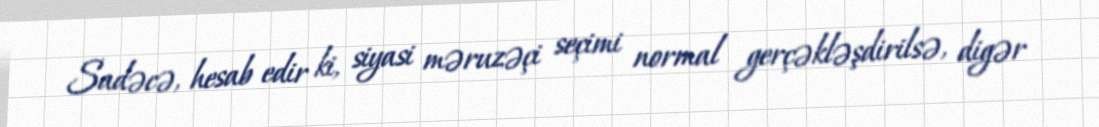
Sadəcə, hesab edir ki, siyasi məruzəçi seçimi normal gerçəkləşdirilsə, digər